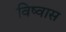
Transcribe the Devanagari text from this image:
विष्वास